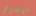
موضوعي